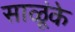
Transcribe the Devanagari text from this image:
साळूंके